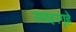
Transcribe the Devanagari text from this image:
उपाहरगृहे